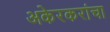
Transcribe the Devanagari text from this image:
अकेरकरांचा